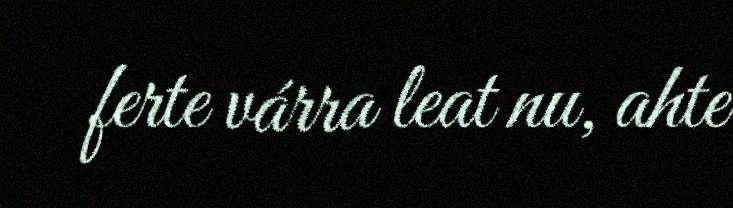
ferte várra leat nu, ahte